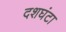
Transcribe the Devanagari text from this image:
दशघंटा